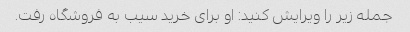
جمله زیر را ویرایش کنید: او برای خرید سیب به فروشگاه رفت.